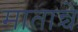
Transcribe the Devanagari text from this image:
मातान्चें